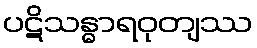
ပဋိသန္ဓာရဝုတျဿ